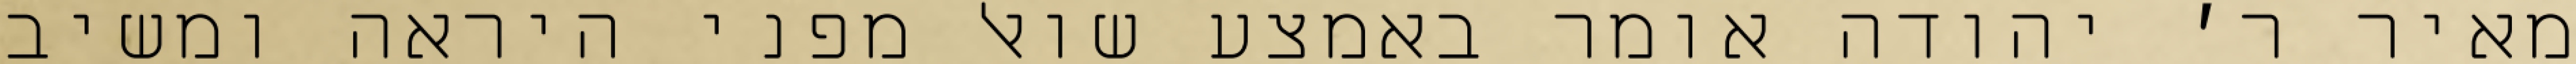
מאיר ר׳ יהודה אומר באמצע שואל מפני היראה ומשיב